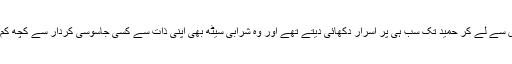
رام داس سے لے کر حمید تک سب ہی پُر اسرار دکھائی دیتے تھے اور وہ شرابی سیٹھ بھی اپنی ذات سے کسی جاسوسی کردار سے کچھ کم نہ تھا۔